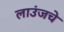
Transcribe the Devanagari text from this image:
लाउंजचे